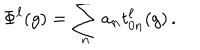
\Phi ^ { \ell } ( g ) = \sum _ { n } a _ { n } t _ { 0 n } ^ { \ell } ( g ) \, .